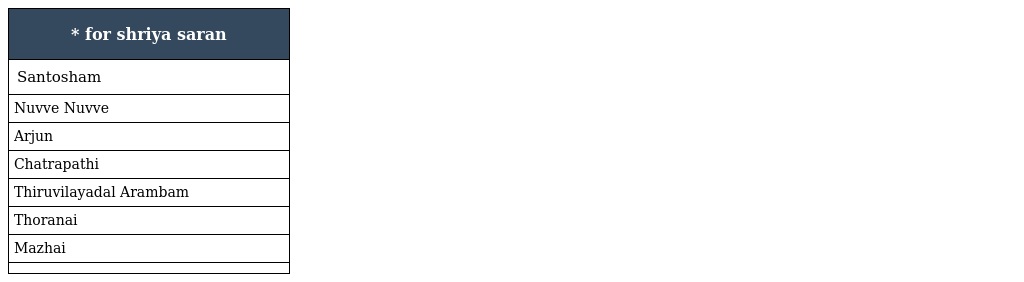
| * for shriya saran |
 | --- |
 | Santosham |
 | Nuvve Nuvve |
 | Arjun |
 | Chatrapathi |
 | Thiruvilayadal Arambam |
 | Thoranai |
 | Mazhai |
 |  |